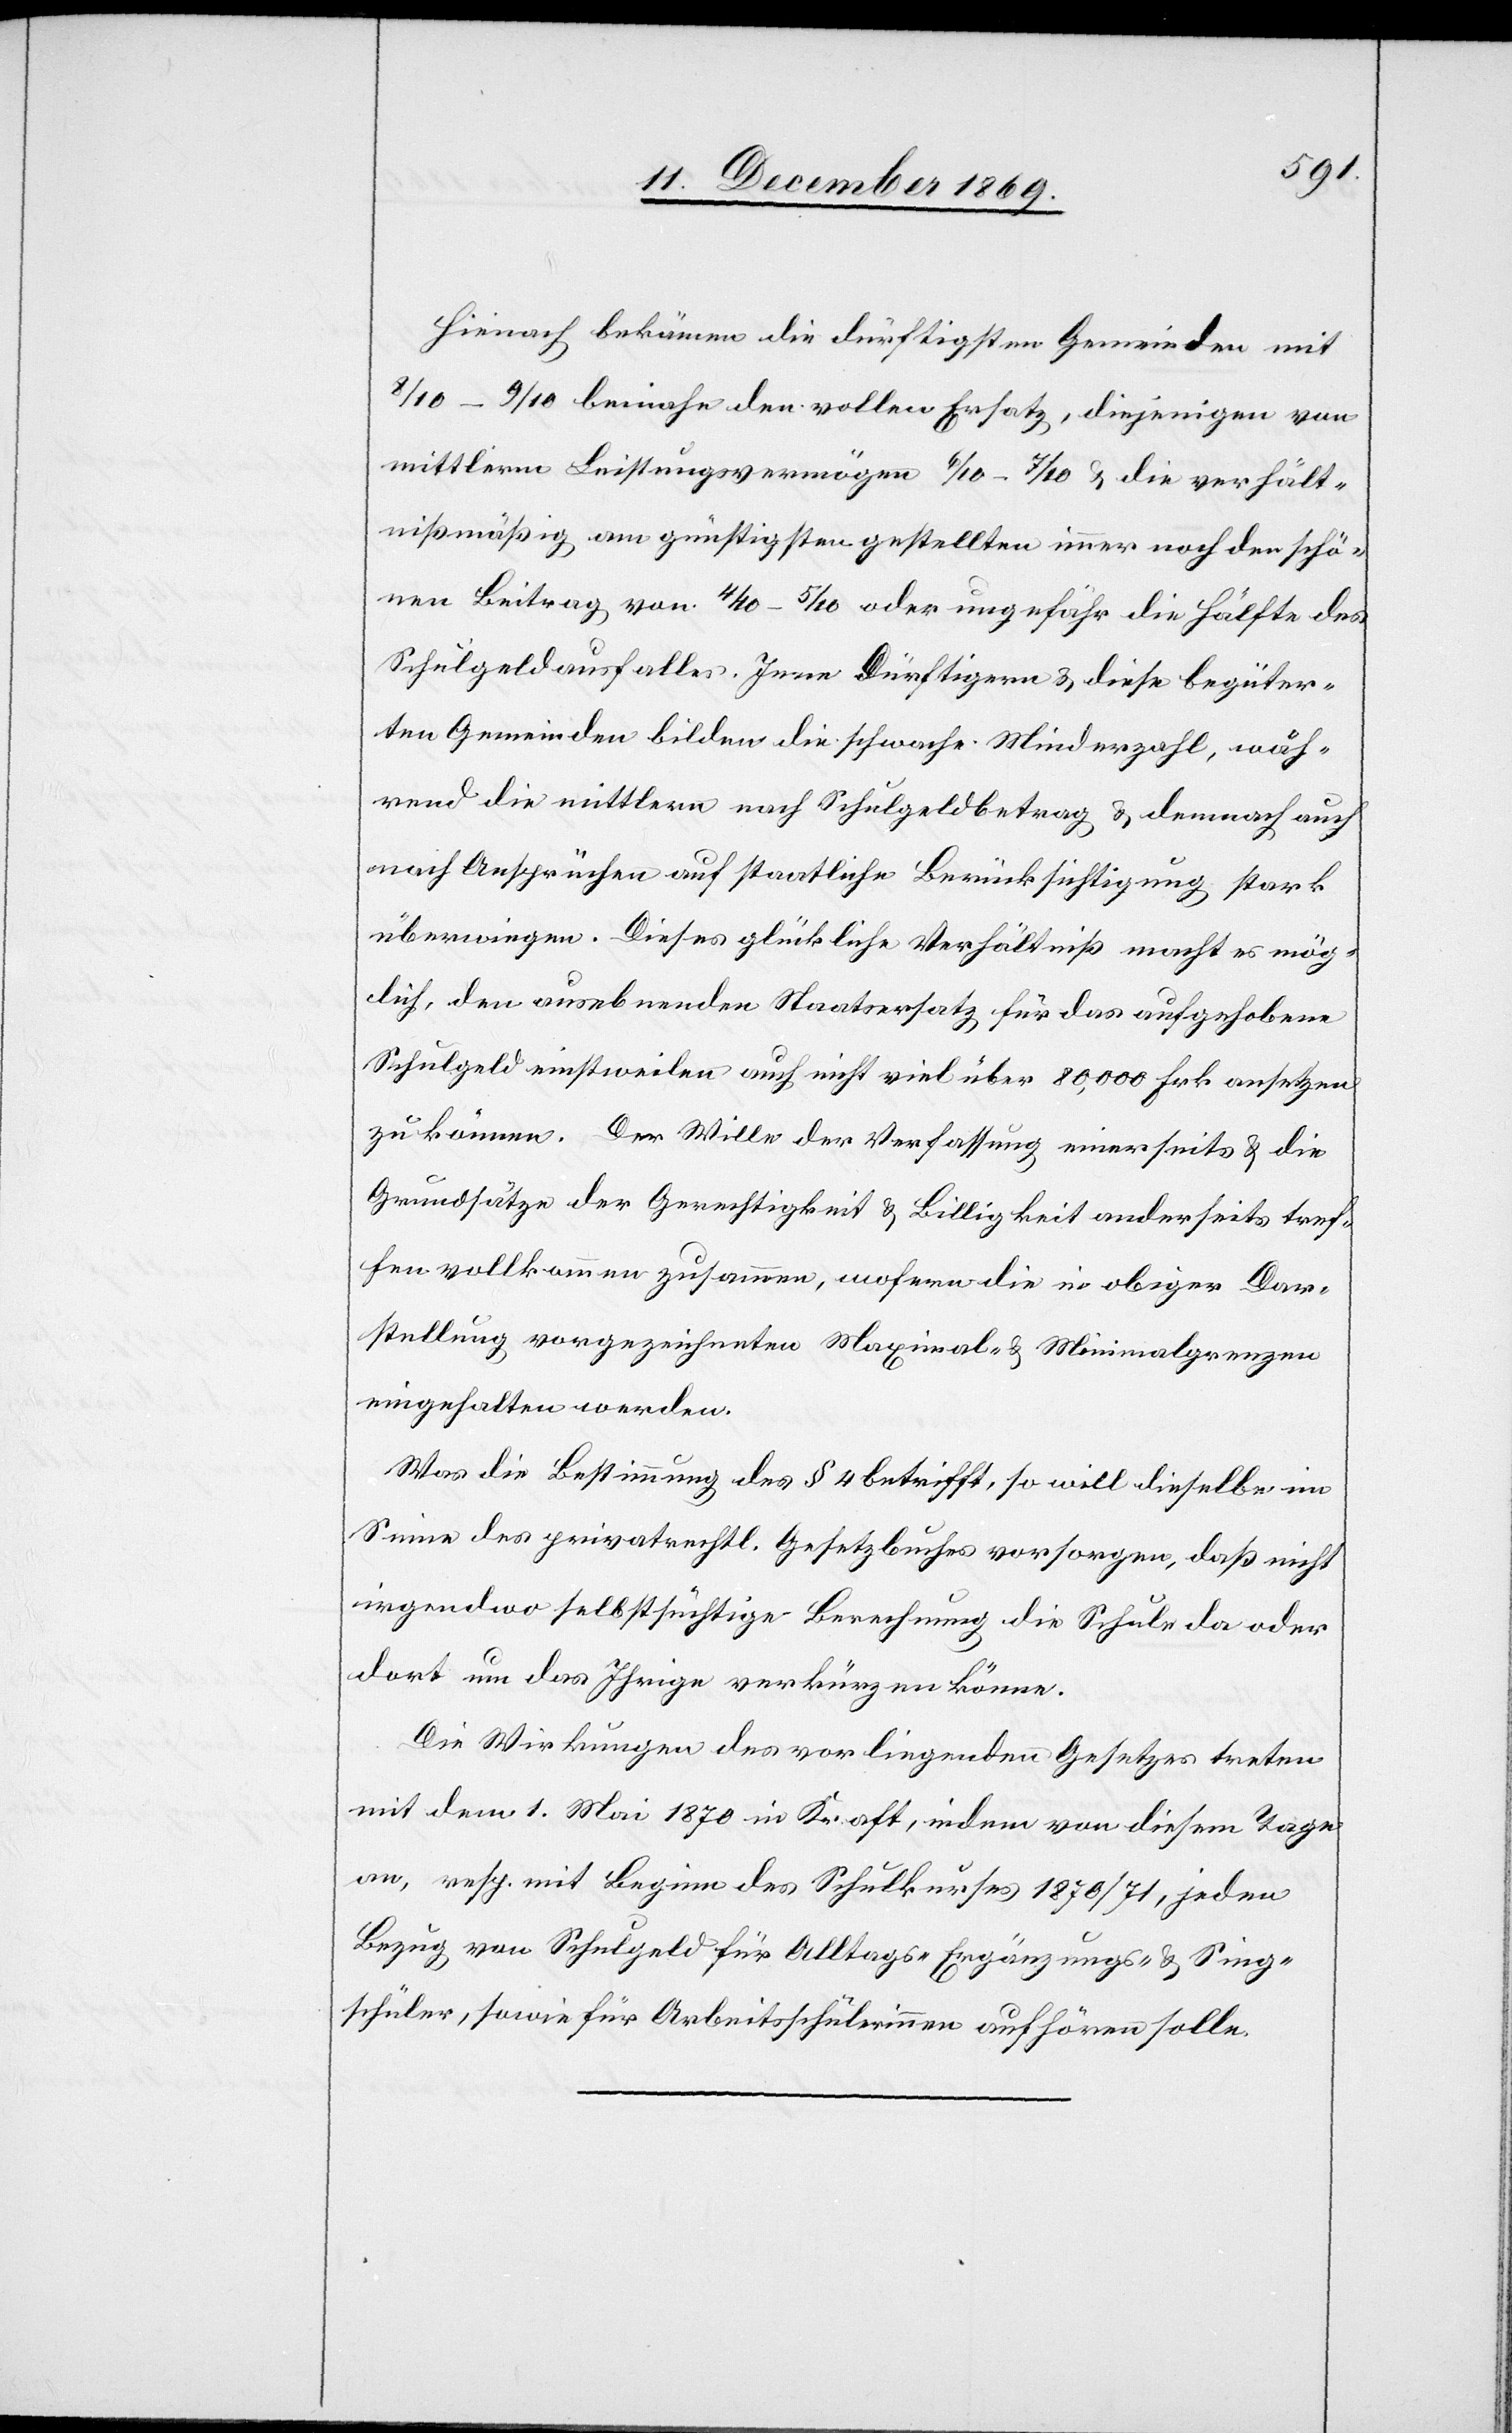
Hienach bekämen die dürftigsten Gemeinden mit
8/10–9/10 beinahe den vollen Ersatz, diejenigen von
mittlerm Leistungsvermögen 6/10–7/10 & die verhält¬
nißmäßig am günstigsten gestellten immer noch den schö¬
nen Beitrag von 4/10–5/10 oder ungefähr die Hälfte des
Schulgeldausfalles. Jene dürftigern & diese begüter¬
ten Gemeinden bilden die schwache Minderzahl, wäh¬
rend die mittlern nach Schulgeldbetrag & demnach auch
nach Ansprüchen auf staatliche Berücksichtigung stark
überwiegen. Dieses glückliche Verhältniß macht es mög¬
lich, den ausebnenden Staatsersatz für das aufgehobene
Schulgeld einstweilen auch nicht viel über 80,000 Frk. ansetzen
zu können. Der Wille der Verfassung einerseits & die
Grundsätze der Gerechtigkeit & Billigkeit anderseits tref¬
fen vollkommen zusammen, wofern die in obiger Dar¬
stellung vorgezeichneten Maximal- & Minimalgrenzen
eingehalten werden.
Was die Bestimmung des § 4 betrifft, so will dieselbe im
Sinne des privatrechtl. Gesetzbuches vorsorgen, daß nicht
irgendwo selbstsüchtige Berechnung die Schule da oder
dort um das Ihrige verkürzen könne.
Die Wirkungen des vorliegenden Gesetzes treten
mit dem 1. Mai 1870 in Kraft, indem von diesem Tage
an, resp. mit Beginn des Schulkurses 1870/71, jeden
Bezug von Schulgeld für Alltags-[,] Ergänzungs- & Sing¬
schüler, sowie für Arbeitsschülerinnen aufhören solle.